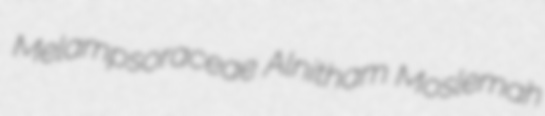
Melampsoraceae Alnitham Moslemah